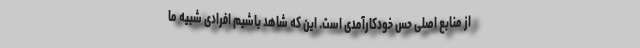
از منابع اصلی حس خودکارآمدی است. این که شاهد باشیم افرادی شبیه ما